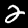
Digit: 2